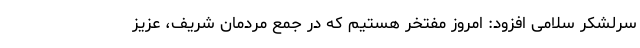
سرلشکر سلامی افزود: امروز مفتخر هستیم که در جمع مردمان شریف، عزیز